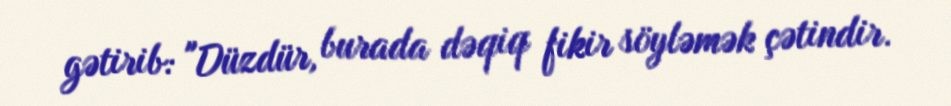
gətirib: "Düzdür, burada dəqiq fikir söyləmək çətindir.